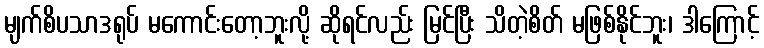
မျက်စိပသာဒရုပ် မကောင်းတော့ဘူးလို့ ဆိုရင်လည်း မြင်ပြီး သိတဲ့စိတ် မဖြစ်နိုင်ဘူး၊ ဒါကြောင့်